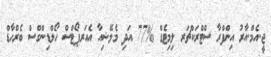
ޖީ.އެމް.އާރު އިންފްރާ ސްޓްރަކްޗަރ ލިމިޓެޑް %77 އަދި މެލޭޝިއާ އެއަރޕޯޓްސް ހޯލްޑިންގްސް ބެރްހާޑް